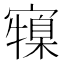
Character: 𭔜